Vital statistics of India. Vol. VI, European troops 1870-79
Year: 1870
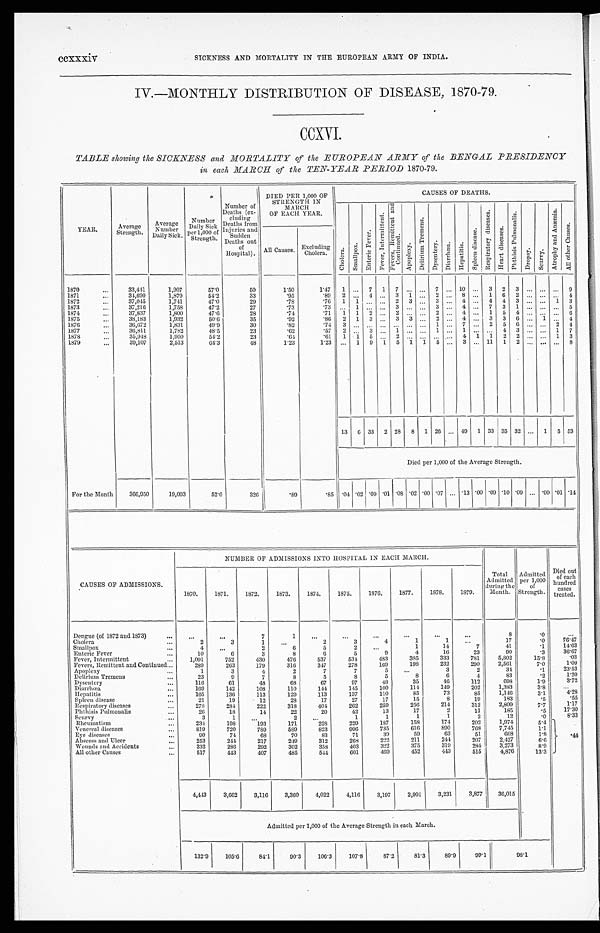
KNESSCCccxxxivSSICKNESS AND MORTALITY IN THE EUROPEAN ARMY OF INDIA.
IV.-MONTHLY DISTRIBUTION OF DISEASE, 1870-79.
CCXVI.
TABLE showing the SICKNESS and MORTALITY of the EUROPEAN ARMY of the BENGAL PRESIDENCY
in each MARCH of the TEN-YEAR PERIOD 1870-79.
YEAR.
Average
Strength.
A v e r a g e
Number
Daily Sick.
Number
Daily Sick
Strength.
1,000 of Injuries
Strength.
Number of
Deaths (ex-
cluding
Deaths from
I n j u r i e s a n d
Sudden Deaths ou
t of
Hospital).
DIED PER 1,000 OF
STRENGTH IN
MARCH
OF EACH YEAR
CAUSES OF DEATHS.
C h o l e r a .
Smal l pox.
En t e r i c Fe v e r .
F e v e r , I n t e r mi t t e n t .
F e v e r , R e m i t t e n t a n d C o n t i n u e d .
Apopl e xy.
De l i r i u m T r e me n s .
Dysentry.
Di a r r h œa .
Hepat i t i s
S p l e e n d i s e a s e .
R e s p i r a t o r y d i s e a s e s .
He a r t d i s e a s e s .
P h t h i s i s P u l mo n a l i s .
Dropsy.
Scur vy.
A t r o p h y a n d A n æ m i a .
Al l o t h e r Ca u s e s .
All Causes.
Excluding Cholera
1870...
33,441
1,907
57.0
50
1.50
1.47
1
...
7
1
7
...
...
7
...
10
...
3
2
3
...
...
...
9
1871...
34,690
1,879
54.2
33
.95
.89
2 ...
4
...
3
1
...
2
...
8
...
1
6
2
...
...
. . . 4
1872...
37,045
1,741
47.0
29
.78
.76
1
1
...
...
2
3
...
3
...
4
...
4
4
3
...
...
1
3
1873...
37,216
1,758
47.2
27
.73
. 7 3
. . .1
...
...
3 ...
...
3
...
4
...
7 3
1 ...
...
. . .5
1874...
37,837
1,800
47.6
28
.74
.71
1
1
2 ...
2 ...
...
2
...
4
...
1 5
4 ...
...
. . .6
1875...
38,183
1,932
50.6
35
.92
.86
2
1
3
...
3
3 ...
2
...
4
...
3
3
6
...
1
. . .
4
1876...
36,672
1,831
49.9
30
.82
. 7 4
3 ...
...
...
. . ....
...
1
...
7
...
2 5
6 ...
...
2 4
1877...
36,811
1,782
48.5
23
.62
.57
2
...
.3
...
1
...
...
1
...
1
...
...
4
3
...
...
1
7
1878...
35,948
1,950
54.2
23
. 6 4 .61
1
1
5
...
2
...
... ...
...
4 1
1
2
2
...
...
1
3
1879...
39,107
2,513
64.3
48
1.23
1.23
...
1
9
1
5
1
1 5
...
3
...
11
1
2 ...
...
. . .6
13
6
33
2
28
8
1
26
...
49
1
33
35
32
...
1
5
53
Died per 1,000 of the Average Strength.
For the Month
366,950
19,093
52.0
326
.89
.85 .04 .02 .09 .01 .O8 .02 .00 .07 ... .13 .00 .09 .10 .09 ... .00 .01 .14
CAUSES OF ADMISSIONS.
NUMBER OF ADMISSIONS INTO HOSPITAL IN EACH MARCH.
Total
Admitted
during the
Month.
Admitted
per 1,000
of
Strength.
out
Died
of each
hundred
eases
treated.
1870.
1871.
1872.
1873.
1874.
1875.
1876.
1877.
1878.
1879.
Dengue (of 1872 and 1873)
...
...
...
7
1
...
...
...
. . .
. . .
...
8
.0
. . .
Cholera ...
2
3
1
. . .
2
3
4
1
1
. . .
17
.0
7 6 . 4 7
Smallpox
...
4
. . .
2
6
5
2
. . .
1
14
7
41
.1
1 4 . 6 3
Enteric Fever...
10
6
3
8
6
5
9
4
16
23
90
.3
36.67
Fever, Intermittent...
1 , 0 9 1
752
430
476
537
534
483
385
333
781
5,802
15.8
. 0 3
Fevers, Remittent and Continued...
289
263
179
316
347
278
169
198
232
290
2,561
7.0
1.09
Apoplexy
...
1
3
4
2
7
7
5
...
3
2
34
.1
23.53
Delirium Tremens
...
23
9
7
8
5
8
5
8
6
4
83
.2
1.20
Dysentery
...
116
61
48
68
67
97
48
35
46
112
698
1.9
3 . 7 2
Diarrhou...
169
142
108
110
144
145
100
114
149
202
1,383
3.8
...
hepatitis...
1 6 5
136
113
129
113
137
110
85
73
85
1,146
3.1
4.28
Spleen disease...
21
19
12
28
17
27
17
15
8
19
183
.5
.55
Respiratory diseases...
2 7 8
284
222
318
404
262
259
256
214
312
2,809
7.7
1.17
Phthisis Pulmonalis...
26
18
14
22
20
42
13
17
2
11
185
.5
17.30
Scurvy
...
3
1
...
2
. . .
1
1
1
1
2
12
.0
8.33
Rheumatism...
234
198
193
171
22S
229
187
158
174
202
1,974
5.4
Venereal diseases...
819
720
789
589
823
996
735
616
890
768
7,745
1.1
Eye diseases ...
9 0
74
68
70
83
71
39
59
63
51
668
1.8
. 4 4
Abscess and Ulcer
...
253
244
217
249
312
269
222
211
244
207
2,427
6.6
Wounds and Accidents ...
332
286
292
302
358
403
322
375
319
284
3,273
8.9
All other Causes...
5 1 7
443
407
485
544
601
469
452
443
515
4,876
13.3
4,443
3,662
3,116
3,360
4,022
4,116
3,197
2,991
3,231
3,877
36,015
Admitted per 1,000 of the Average Strength in each March.
132.9
105.6
84.1
90.3
106.3
107.8
87.2
81.3
89.9
99.1
98.1